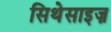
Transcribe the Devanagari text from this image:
सिथेसाइज़